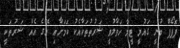
ޕޮޕޯފް ބުނީ ގައުމީ ޓީމާ ހަވާލުވީ ޝަރުތުތަކާއެކު ކަމަށާއި އޭގެ އެއް ޝަރުތަކީ